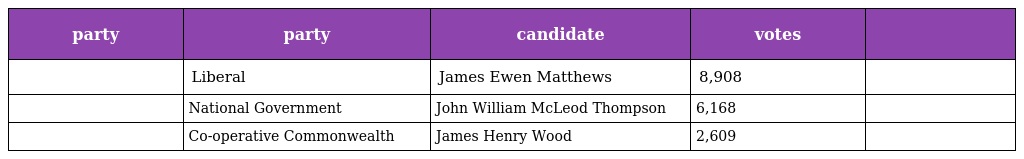
| party | party | candidate | votes |  |
 | --- | --- | --- | --- | --- |
 |  | Liberal | James Ewen Matthews | 8,908 |  |
 |  | National Government | John William McLeod Thompson | 6,168 |  |
 |  | Co-operative Commonwealth | James Henry Wood | 2,609 |  |